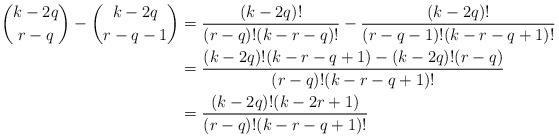
LaTeX: \begin{align*} \binom{k-2q}{r-q} - \binom{k-2q}{r-q-1} &= \frac{(k-2q)!}{(r-q)! (k-r-q)!} - \frac{(k-2q)!}{(r-q-1)! (k-r-q+1)!} \\ &= \frac{(k-2q)! (k-r-q+1) - (k-2q)! (r-q)}{(r-q)! (k-r-q+1)!} \\ &= \frac{(k-2q)! (k-2r+1)}{(r-q)! (k-r-q+1)!} \end{align*}